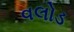
વલોડ